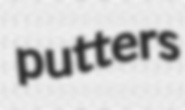
putters